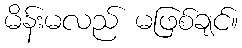
မိန်းမလည် မဖြစ်ချင်။